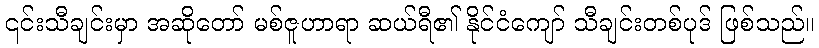
၎င်းသီချင်းမှာ အဆိုတော် မစ်ဇူဟာရာ ဆယ်ရီ၏ နိုင်ငံကျော် သီချင်းတစ်ပုဒ် ဖြစ်သည်။